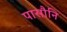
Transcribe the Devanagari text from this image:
पासौनि